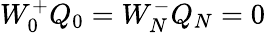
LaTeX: W_{0}^{+}Q_{0}=W_{N}^{-}Q_{N}=0